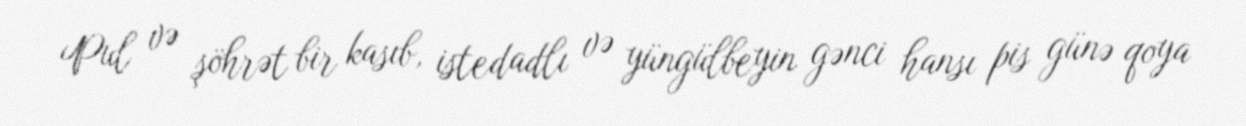
Pul və şöhrət bir kasıb, istedadlı və yüngülbeyin gənci hansı pis günə qoya